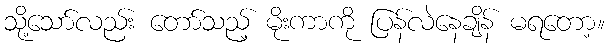
သို့သော်လည်း တော်သည့် မိုးကာကို ပြန်လဲနေချိန် မရတော့။